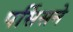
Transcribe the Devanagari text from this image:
पर्सिसने